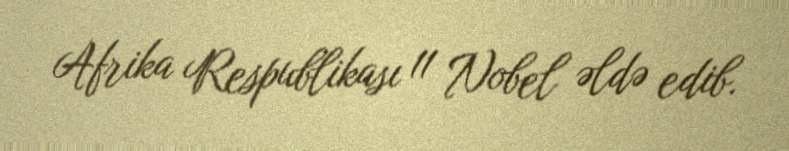
Afrika Respublikası 11 Nobel əldə edib.